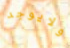
ولايوجد